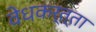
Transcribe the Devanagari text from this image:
वेधकर्त्ता